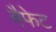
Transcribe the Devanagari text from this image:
बैफेट